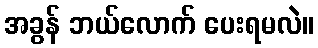
အခွန် ဘယ်လောက် ပေးရမလဲ။